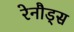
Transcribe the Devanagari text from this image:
रेनौड्स